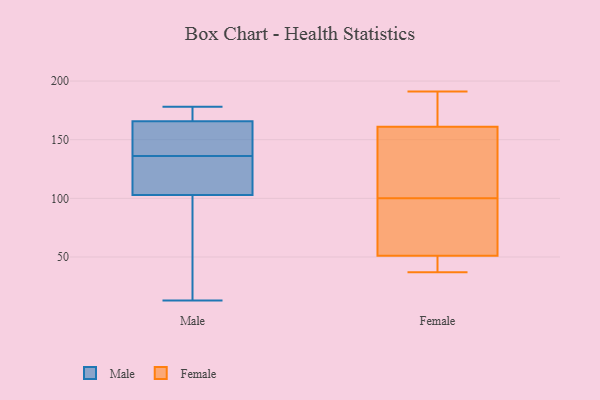
{"axis": {"x": "Waste Production (Tons)", "y": "Value"}, "legend": ["Female", "Male"], "data": [{"x": "", "y": 167, "type": "Male"}, {"x": "", "y": 168, "type": "Male"}, {"x": "", "y": 162, "type": "Male"}, {"x": "", "y": 136, "type": "Male"}, {"x": "", "y": 126, "type": "Male"}, {"x": "", "y": 13, "type": "Male"}, {"x": "", "y": 142, "type": "Male"}, {"x": "", "y": 61, "type": "Male"}, {"x": "", "y": 169, "type": "Male"}, {"x": "", "y": 96, "type": "Male"}, {"x": "", "y": 72, "type": "Male"}, {"x": "", "y": 128, "type": "Male"}, {"x": "", "y": 178, "type": "Male"}, {"x": "", "y": 123, "type": "Male"}, {"x": "", "y": 157, "type": "Male"}, {"x": "", "y": 165, "type": "Female"}, {"x": "", "y": 169, "type": "Female"}, {"x": "", "y": 138, "type": "Female"}, {"x": "", "y": 104, "type": "Female"}, {"x": "", "y": 101, "type": "Female"}, {"x": "", "y": 99, "type": "Female"}, {"x": "", "y": 37, "type": "Female"}, {"x": "", "y": 161, "type": "Female"}, {"x": "", "y": 66, "type": "Female"}, {"x": "", "y": 51, "type": "Female"}, {"x": "", "y": 191, "type": "Female"}, {"x": "", "y": 50, "type": "Female"}, {"x": "", "y": 39, "type": "Female"}, {"x": "", "y": 68, "type": "Female"}]}